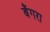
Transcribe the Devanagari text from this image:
बैंगरा